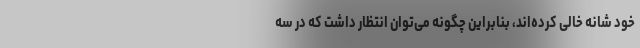
خود شانه خالی کرده‌اند، بنابراین چگونه می‌توان انتظار داشت که در سه